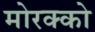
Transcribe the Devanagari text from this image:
मोरक्‍को